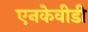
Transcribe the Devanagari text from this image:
एनकेवीडी